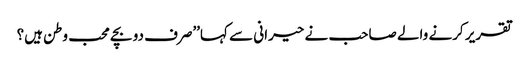
تقریر کرنے والے صاحب نے حیرانی سے کہا’’صرف دو بچے محب وطن ہیں؟